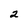
Character: 2